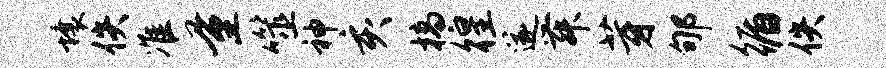
壤佚准量噬神亥槁徨遂舞芽郇循佚